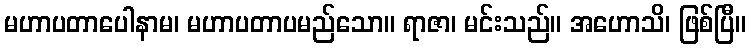
မဟာပတာပေါနာမ၊ မဟာပတာပမည်သော။ ရာဇာ၊ မင်းသည်။ အဟောသိ၊ ဖြစ်ပြီ။